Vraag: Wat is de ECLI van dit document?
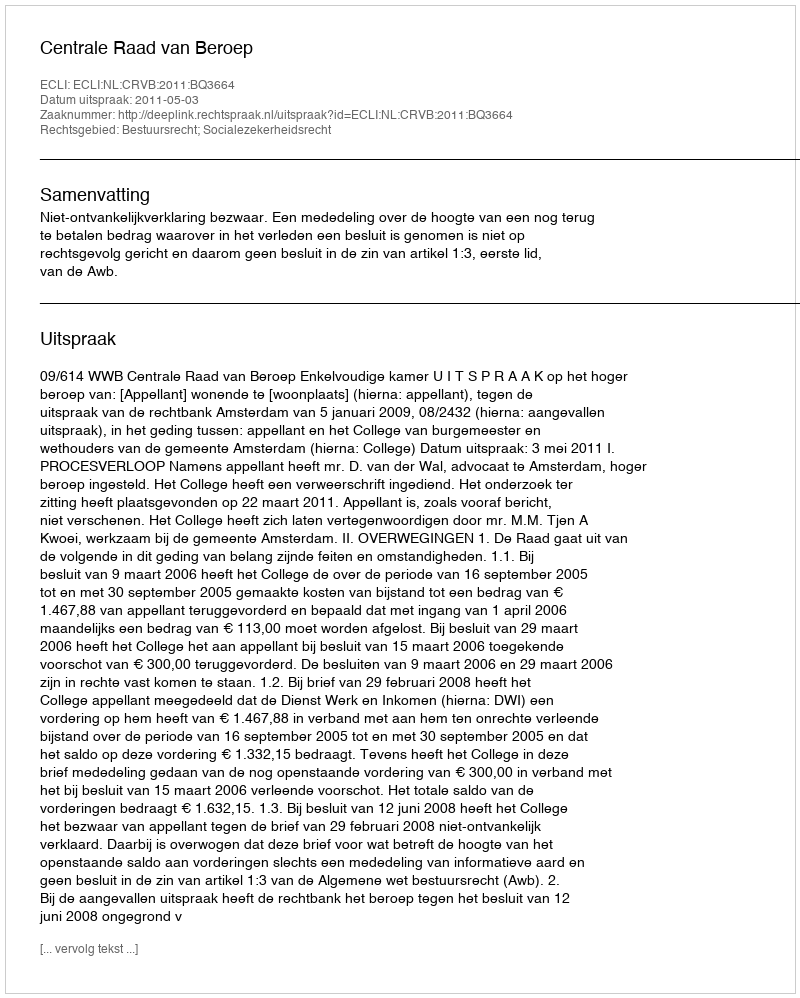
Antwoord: ECLI:NL:CRVB:2011:BQ3664